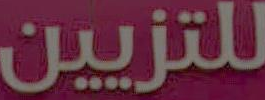
للتزيين